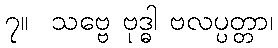
၇။  သဗ္ဗေ ဗုဒ္ဓါ ဗလပ္ပတ္တာ၊